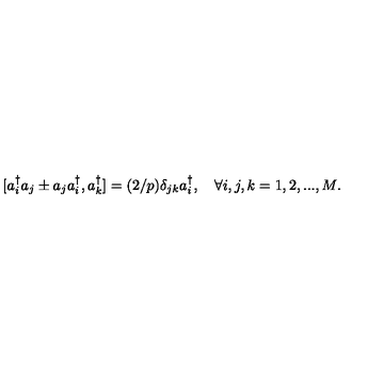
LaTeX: [ a _ { i } ^ { \dagger } a _ { j } \pm a _ { j } a _ { i } ^ { \dagger } , a _ { k } ^ { \dagger } ] = ( 2 / p ) \delta _ { j k } a _ { i } ^ { \dagger } , \quad \forall i , j , k = 1 , 2 , . . . , M .